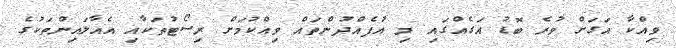
ވިއްކާ އަގަށް ވުރެ ބޮޑު އަގެއްގައި މި އުފެއްދުންތައް ވިއްކުމަށް ރިސޯޓުތަކާއި އެއާލައިންތަކުގެ